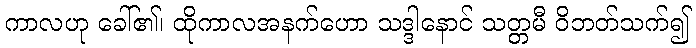
ကာလဟု ခေါ်၏၊ ထိုကာလအနက်ဟော သဒ္ဒါနောင် သတ္တမီ ဝိဘတ်သက်၍